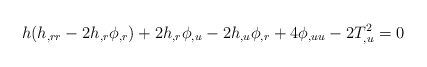
\begin{align*}h(h_{,rr}-2h_{,r}\phi_{,r})+2h_{,r}\phi_{,u}-2h_{,u}\phi_{,r}+ 4 \phi_{,uu}-2 T_{,u}^{2}=0 \end{align*}